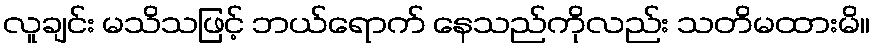
လူချင်း မသိသဖြင့် ဘယ်ရောက် နေသည်ကိုလည်း သတိမထားမိ။